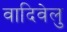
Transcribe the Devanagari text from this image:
वादिवेलु